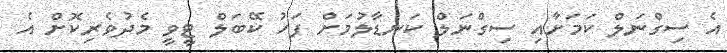
އެ ސިގްނަލް ކަމަށާއި ސިގްނަލް ކަނޑާލުމަށް ފަހު ކޭބަލް ޓީވީ މެދުވެރިކޮށް އެ